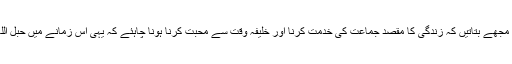
ہمیشہ مجھے بتاتیں کہ زندگی کا مقصد جماعت کی خدمت کرنا اور خلیفۂ وقت سے محبت کرنا ہونا چاہئے کہ یہی اس زمانے میں حبل اللہ ہے۔